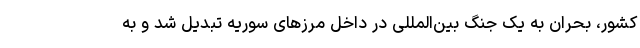
کشور، بحران به یک جنگ بین‌المللی در داخل مرزهای سوریه تبدیل شد و به